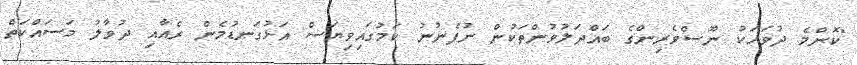
"ކޮންމެ ދުވަހަކު ނޫސްވެރިންގެ ބައްދަލުވުންތަކުން ނުފެނުނު ކަމުގައިވިޔަސް އަޅުގަނޑުމެން ރެއާއި ދުވާލު މަސައްކަތް